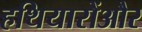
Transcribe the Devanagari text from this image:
हथियारोंऔर